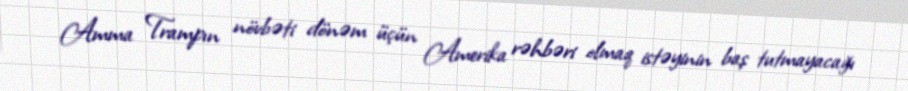
Amma Trampın növbəti dönəm üçün Amerika rəhbəri olmaq istəyinin baş tutmayacağı